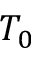
T _ { 0 }